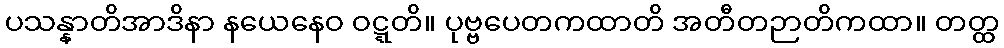
ပသန္နာတိအာဒိနာ နယေနေဝ ဝဋ္ဋတိ။ ပုဗ္ဗပေတကထာတိ အတီတဉာတိကထာ။ တတ္ထ